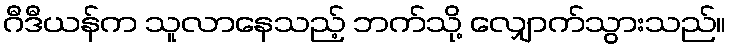
ဂီဒီယန်က သူလာနေသည့် ဘက်သို့ လျှောက်သွားသည်။